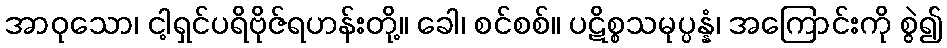
အာဝုသော၊ ငါ့ရှင်ပရိဗိုဇ်ရဟန်းတို့။ ခေါ၊ စင်စစ်။ ပဋိစ္စသမုပ္ပန္နံ၊ အကြောင်းကို စွဲ၍